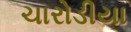
ચારોડીયા